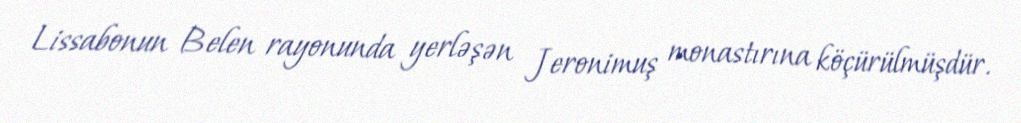
Lissabonun Belen rayonunda yerləşən Jeronimuş monastırına köçürülmüşdür.